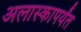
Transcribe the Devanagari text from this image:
अलास्कापर्यंत